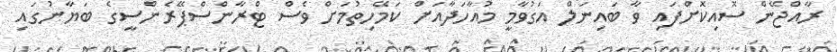
ރާއްޖޭން ސޮއިކޮށްފައި ވާ ބައިނަލް އަގުވާމީ މުއާހަދާއަށް ކަމޭހިތުމަށް ވެސް ޓްރާންސްޕޭރެންސީގެ ބަޔާނުގައި